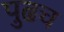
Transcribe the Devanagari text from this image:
पुढच